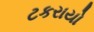
ટકરાયો